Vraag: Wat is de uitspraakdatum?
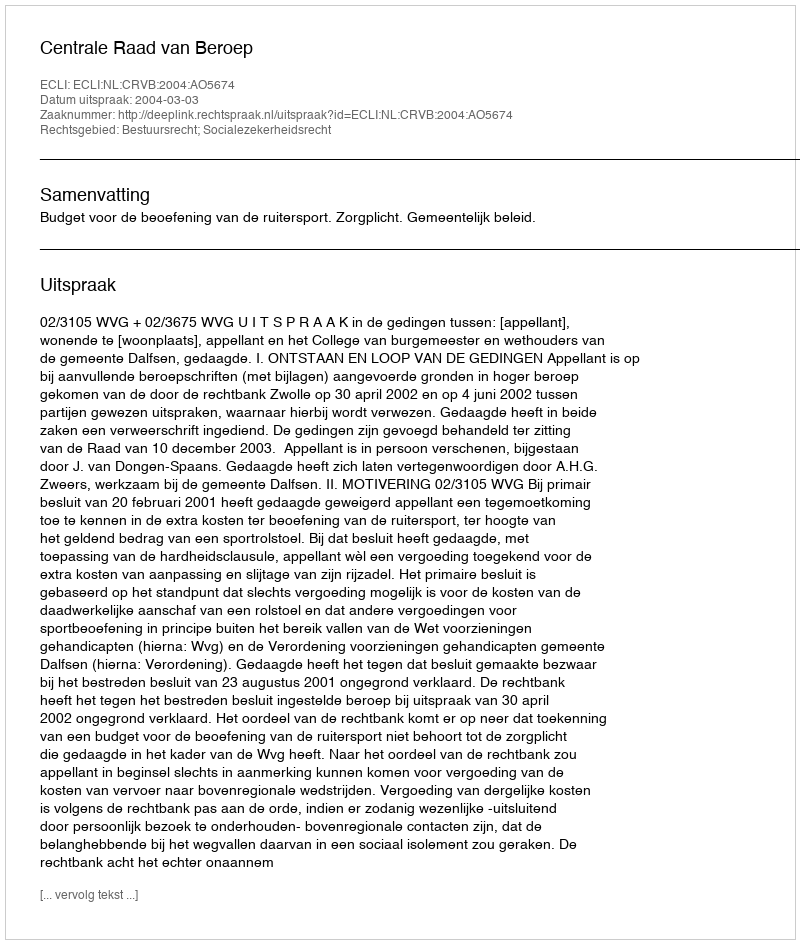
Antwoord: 2004-03-03